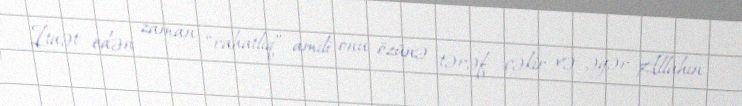
İtaət edən zaman “rahatlıq” amili onu özünə tərəf çəkir və əgər Allahın